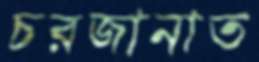
চরজানাত